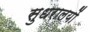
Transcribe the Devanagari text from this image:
सुधरालयों